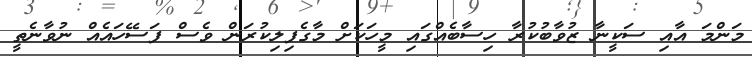
މަންމަ އާއި ސަކީނާ ޒުވާބުކުރާ ހިސާބެއްގައި މީހަކަށް މާގެފިލިކުރަން ވެސް ފަސޭހައެއް ނުވާނެތީ